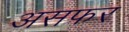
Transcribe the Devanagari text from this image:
असफर